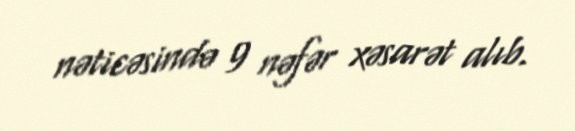
nəticəsində 9 nəfər xəsarət alıb.